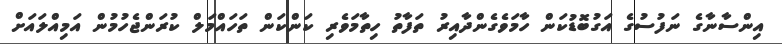
އިންސާނާގެ ނަފުސުގެ އަގުބޮޑުކަން ހާމަވެގެންދާއިރު ތަފާތު ހިތާމަވެރި ކަންކަން ތަހައްމަލް ކުރަންޖެހުމުން އަމިއްލައަށް